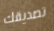
تصديقك